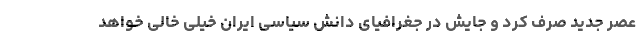
عصر جدید صرف کرد و جایش در جغرافیای دانش سیاسی ایران خیلی خالی خواهد